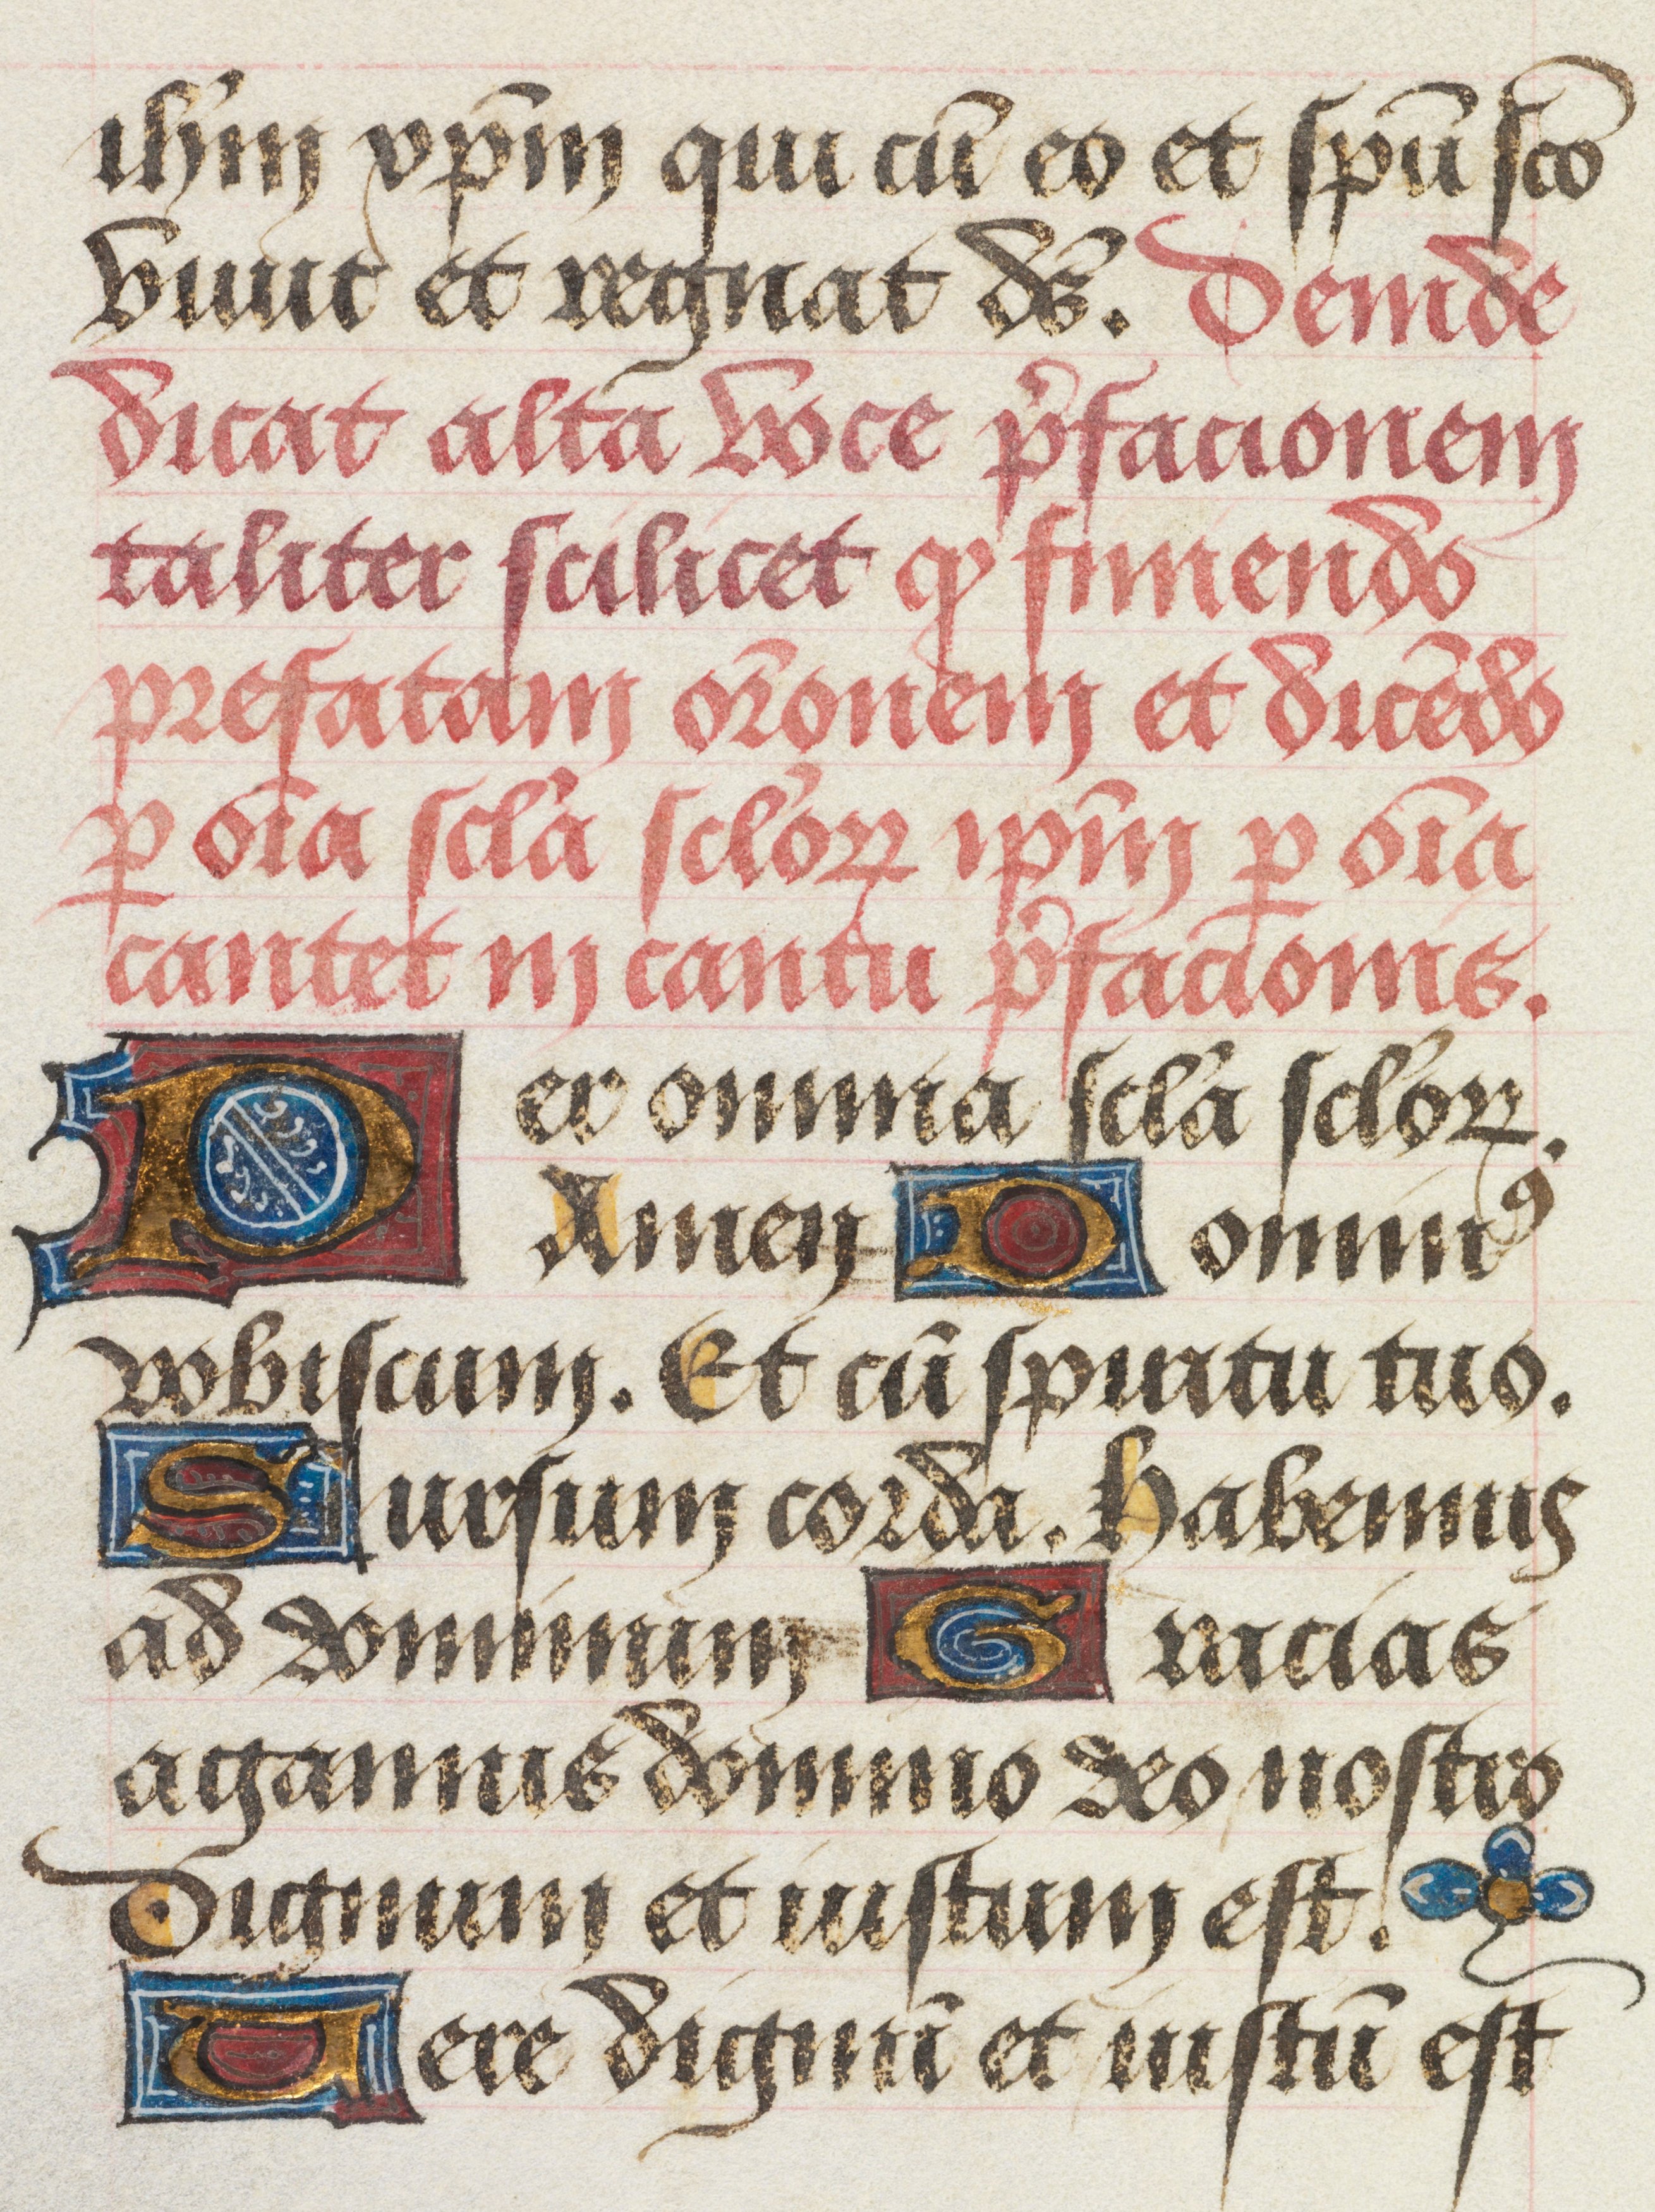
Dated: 1463–1498